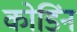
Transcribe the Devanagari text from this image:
कोडिंन